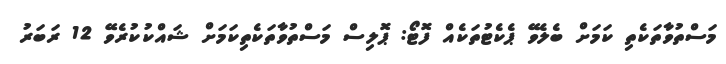
މަސްތުވާތަކެތި ކަމަށް ބެލެވޭ ޕެކެޓުތަކެއް ފޮޓޯ: ޕޮލިސް މަސްތުވާތަކެތިކަމަށް ޝައްކުކުރެވޭ 12 ރަބަރު